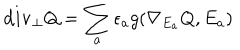
{ \bf d i v _ { \perp } } Q = \sum _ { a } \epsilon _ { a } g ( \nabla _ { E _ { a } } Q , E _ { a } )